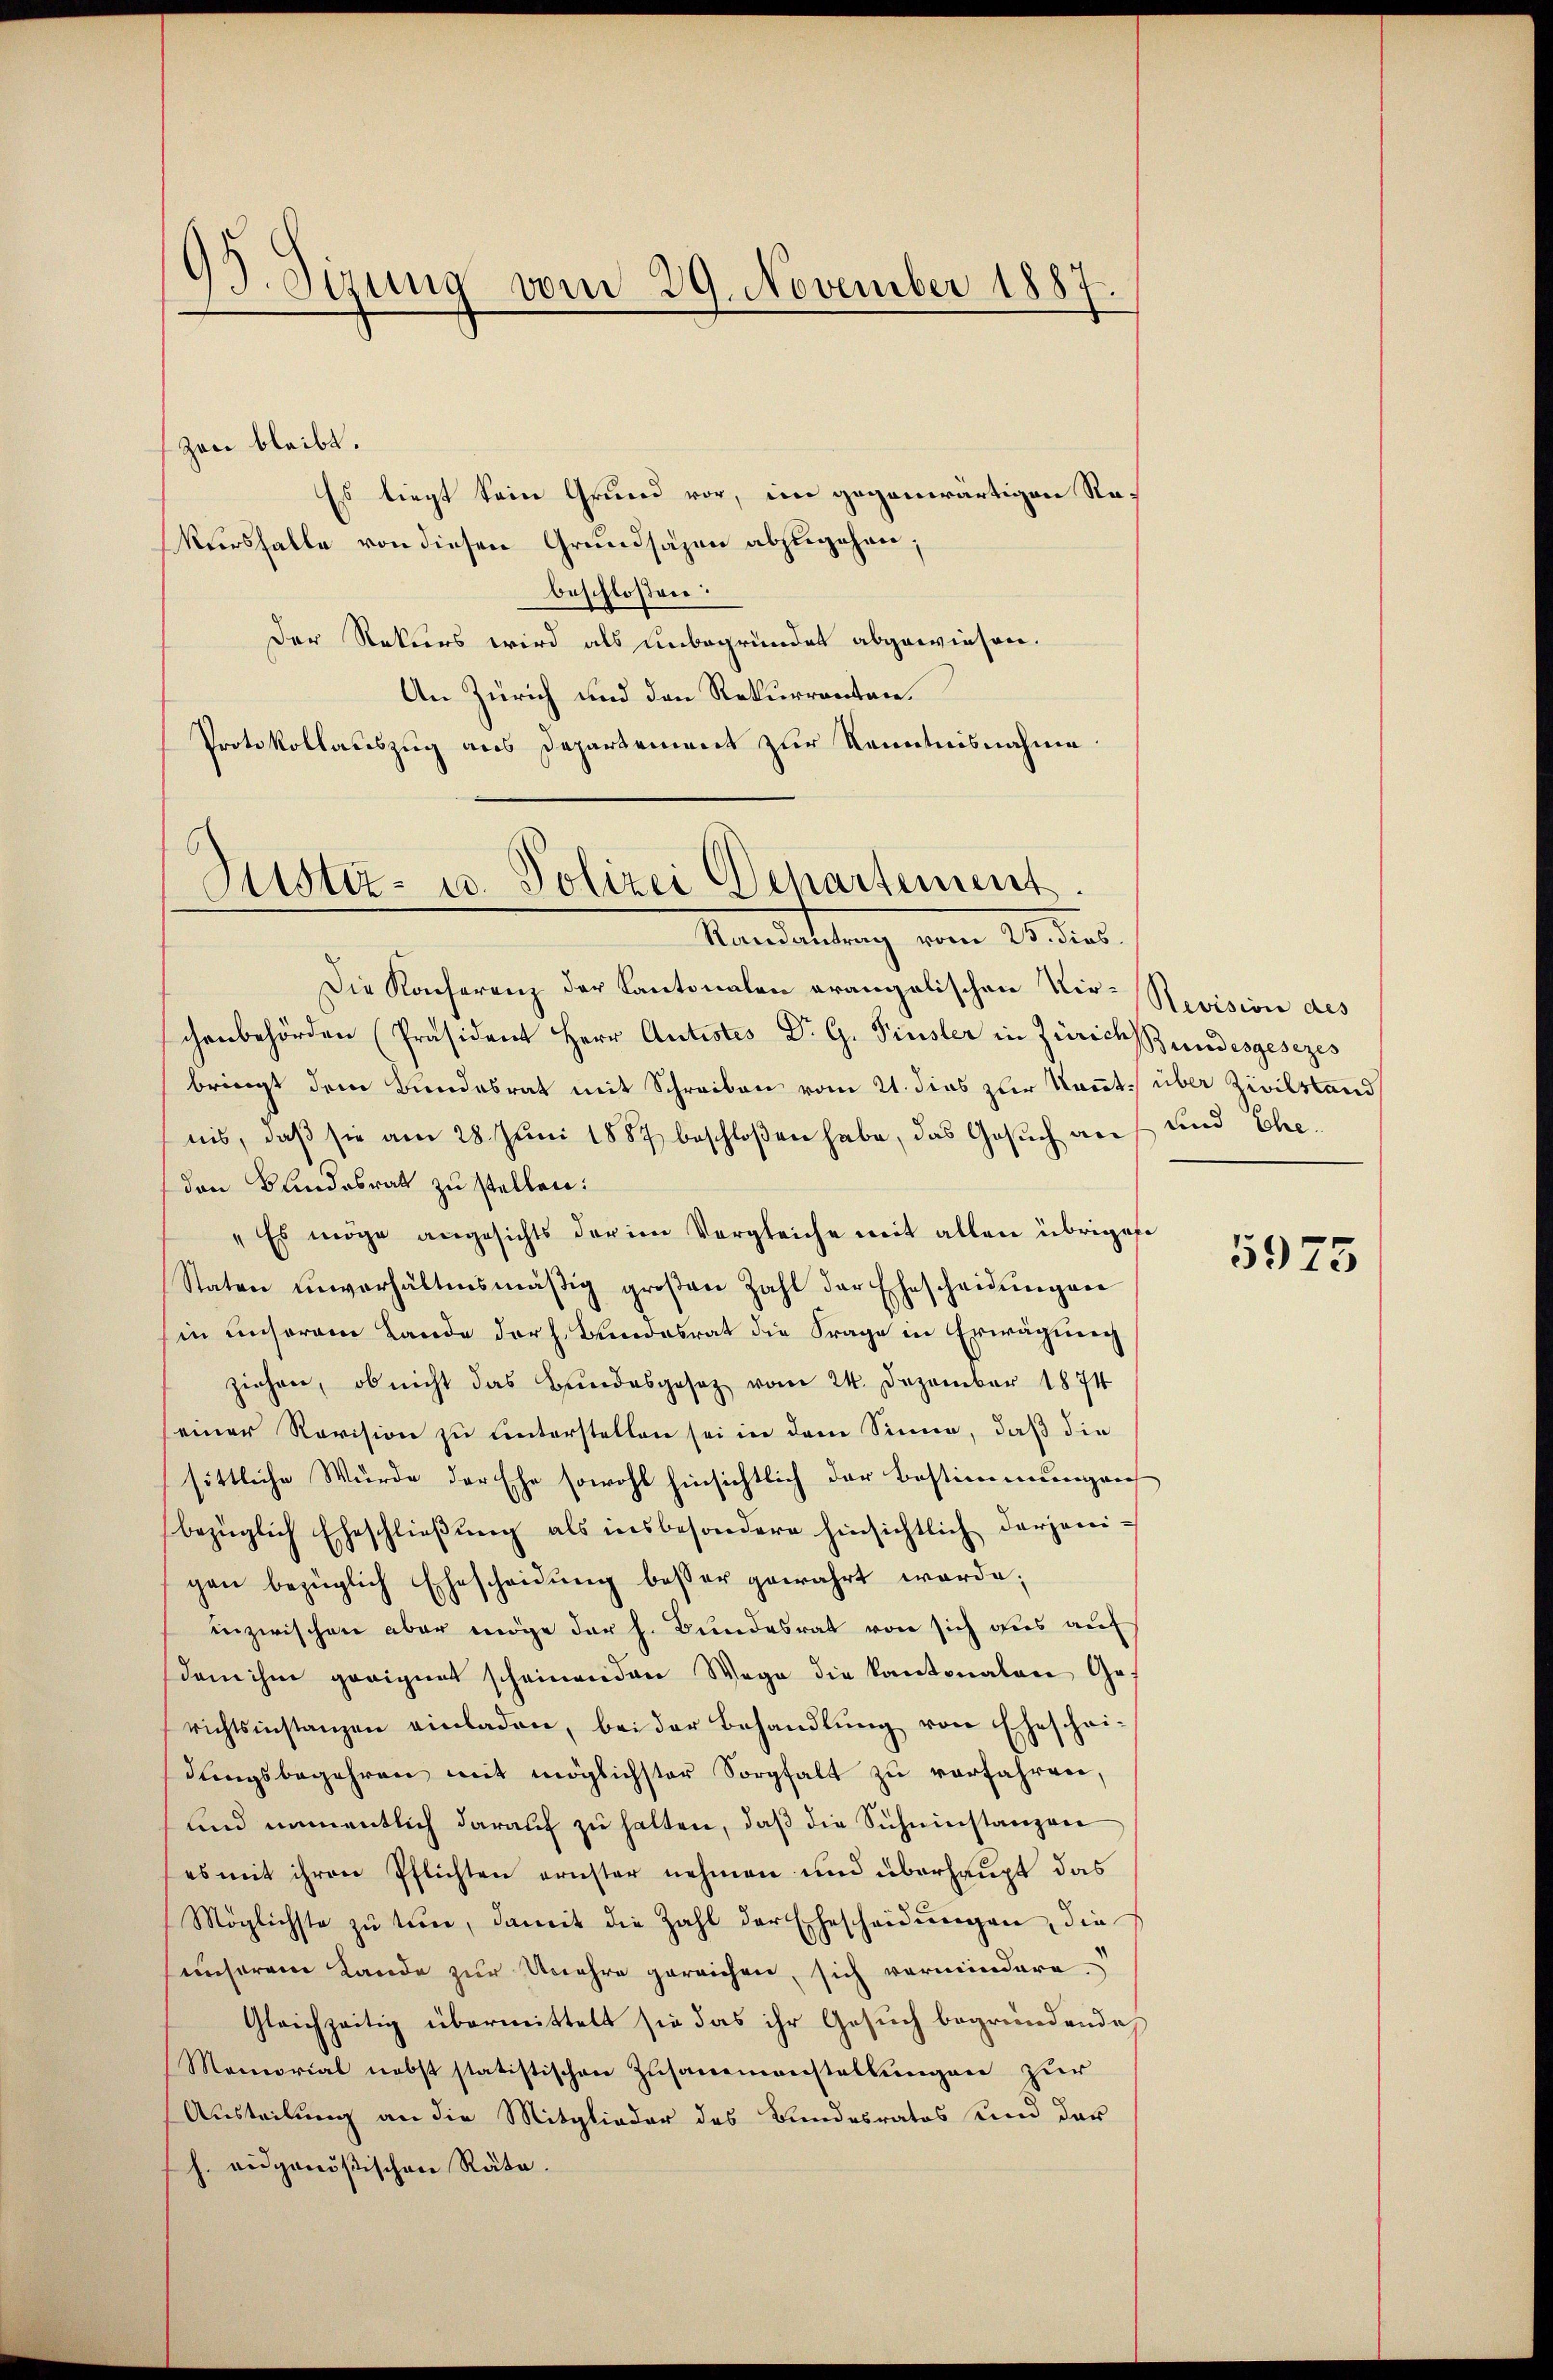
93. Sizung vom 29. November 1887.

zoni bleibt.
Es liegt sein Grund vor, im gegenwärtigen Re¬
Nursfalle von diesen Grundsazen abzugehen;
beschlossen:
Der Rekurs wird als unbegründet abgewiesen.
An Zürich und den Rekurrenten.
Protokollauszug aus Departement zur Kenntnisnahme.

Justiz- u. Polizei Departement.
Manstattung vom 10. dies

Die Konferenz der Cantonalen erangelischen Vir-Revision des
schenbehörden Präsident Herr Antistes Dr G. Finsler in Zürich Bundesgesezes
bringt dem Bundesrat mit Schreiben vom 21. dies zur Kennt. über Zivilstand
nis, daβ sie am 28. Juni 1887 beschloßen habe, das Gesuch auf und Eheden Bundesrath zu stellen:
 Es möge angesichts der im Vergleiche mit allen übrigese
Staten unverhältnismäβig groβen Zahl der Ehescheidŭngen
in unserem Lande der Bundesrat die Frage in Erwägung
ziehen, ob nicht das Bundesgesetz vom 24. Dezember 1874
einer Revision zu unterstellen sei in dem Sinne, daß die
sittliche Würde der Ehe sowohl hinsichtlich der Bestimmungen
bezüglich Eheschließung als insbesondere hinsichtlich derjenigen bezüglich Ehescheidŭng besser gewahrt werde;
inzwischen aber möge der h. Bundesrat von sich aus auf
dem ihm geeignet scheinenden Wege die Kantonalen Ge-
richtsinstanzen einladen, bei der Behandlŭng von Eheschei-
dŭngsbegehren mit möglichster Sorgfalt zu verfahren,
und namentlich darauf zu halten, daß die Sicheinstanzen
es mit ihren Pflichten ernster nehmen und überhaupt das
Möglichste zŭ treue, damit die Zahl der Ehescheidŭngen, die
unserem Lande zur Unehre gereichen, sich vermindere
Gleichzeitig übermittelt sie das ihr Gesuch begründende
Momorial nebst statistischen Zusammenstellungen zur
Austeilung an die Mitglieder des Bundesratos und der
h. eidgenößischen Räte.

5975